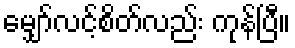
မျှော်လင့်စိတ်လည်း ကုန်ပြီ။